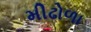
મીઢોળા